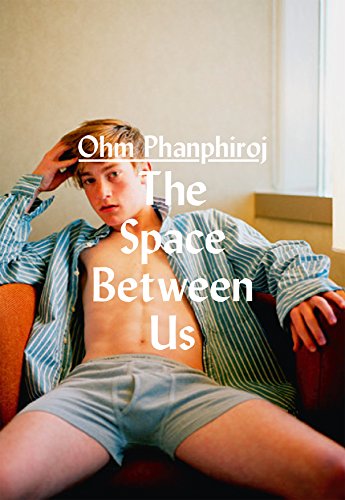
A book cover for The Space Between Us: Bruno Gmuender Portfolio; Ohm Phanphiroj; Arts & Photography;